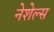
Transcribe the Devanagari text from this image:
नेशेल्स